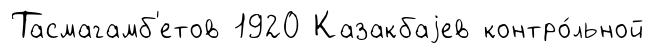
Тасмагамб'етов 1920 Казакбаjев контро́льной